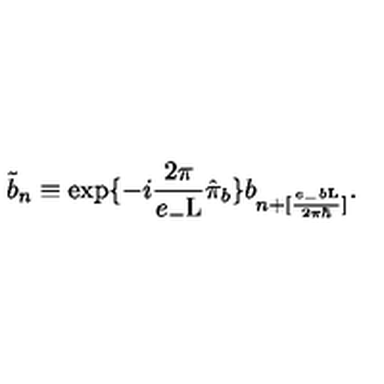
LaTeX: \tilde { b } _ { n } \equiv \exp \{ - i \frac { 2 \pi } { e _ { - } \mathrm { L } } \hat { \pi } _ { b } \} b _ { n + [ \frac { e _ { - } b \mathrm { L } } { 2 { \pi } { \hbar } } ] } .